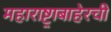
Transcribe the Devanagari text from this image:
महाराष्ट्राबाहेरची